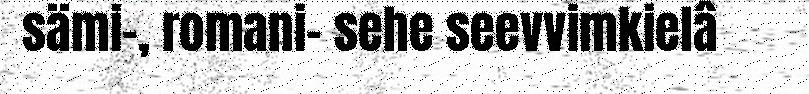
sämi-, romani- sehe seevvimkielâ